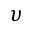
\upsilon